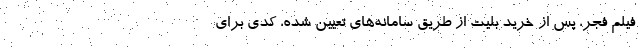
فیلم فجر، پس از خرید بلیت از طریق سامانه‌های تعیین شده، کدی برای